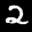
Label: 2